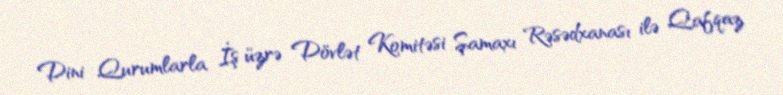
Dini Qurumlarla İş üzrə Dövlət Komitəsi Şamaxı Rəsədxanası ilə Qafqaz